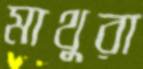
মাথুরা